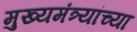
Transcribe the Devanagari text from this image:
मुख्यमंत्र्यांच्‍या